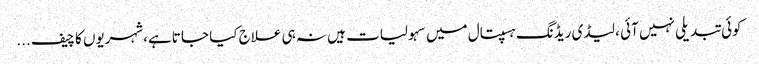
کوئی تبدیلی نہیں آئی ، لیڈی ریڈنگ ہسپتال میں سہولیات ہیں نہ ہی علاج کیا جا تاہے،شہریوں کا چیف ...